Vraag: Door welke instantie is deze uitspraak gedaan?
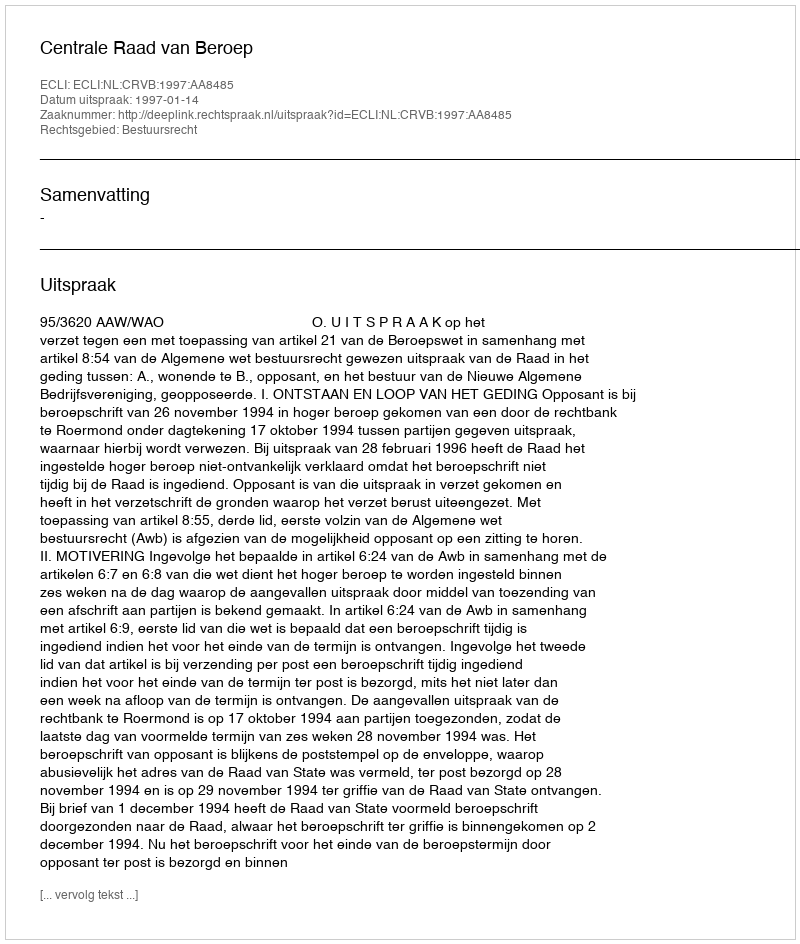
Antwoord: Centrale Raad van Beroep